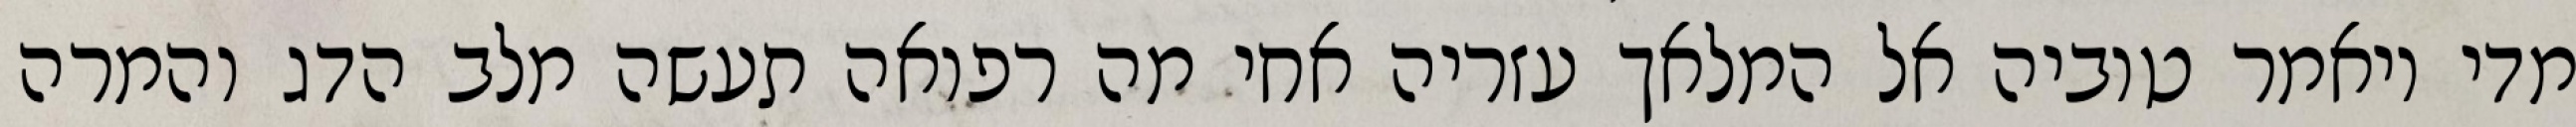
מדי ויאמר טוביה אל המלאך עזריה אחי מה רפואה תעשה מלב הדג והמרה